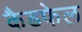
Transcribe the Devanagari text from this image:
कैडफेल